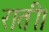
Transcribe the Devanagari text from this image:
राती।